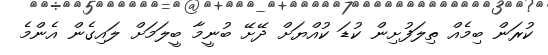
ކުރަން ބިމެއް ތިލަފުށިން ކުޑަ ކުއްޔަށް ދޭށޭ ބުނީމާ ބީލަމަށް ލައިގެން އެންމެ